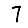
Digit: 7